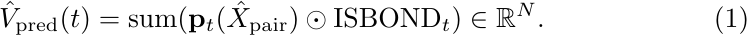
\begin{equation}
     \hat{V}_{{\rm pred}}(t) = {\rm sum}({\mathbf{p}}_t(\hat{X}_{{\rm pair}}) \odot {\rm ISBOND}_t) \in \mathbb{R}^{N}.
\end{equation}